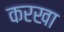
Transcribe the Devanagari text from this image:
करखा